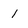
Character: 1